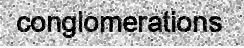
conglomerations